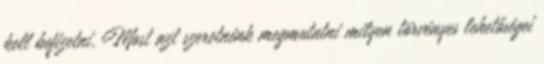
kell befizetni. Most azt szeretnénk megmutatni milyen törvényes lehetőségei